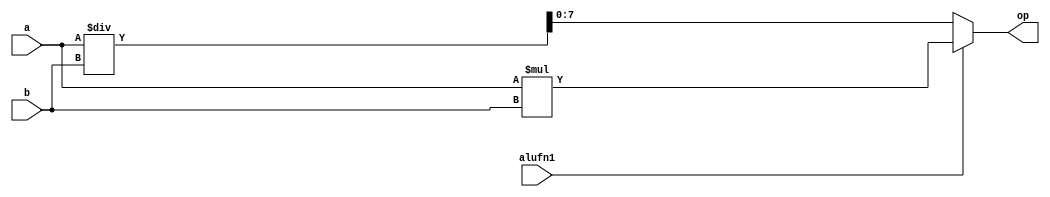
/*
   This file was generated automatically by the Mojo IDE version B1.3.4.
   Do not edit this file directly. Instead edit the original Lucid source.
   This is a temporary file and any changes made to it will be destroyed.
*/

module multiply_6 (
    input [7:0] a,
    input [7:0] b,
    input alufn1,
    output reg [7:0] op
  );
  
  
  
  reg [15:0] tmpmult;
  
  always @* begin
    if (alufn1) begin
      tmpmult = a * b;
    end else begin
      tmpmult = a / b;
    end
    op = tmpmult[0+7-:8];
  end
endmodule